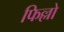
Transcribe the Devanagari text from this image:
फिल्लो